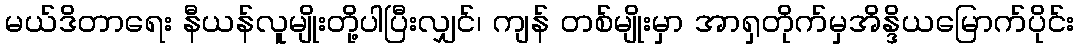
မယ်ဒိတာရေး နီယန်လူမျိုးတို့ပါပြီးလျှင်၊ ကျန် တစ်မျိုးမှာ အာရှတိုက်မှအိန္ဒိယမြောက်ပိုင်း